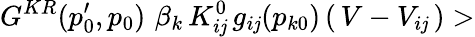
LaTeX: G^{KR}(p_{0}^{\prime},p_{0})\, \, \beta_{k}\, K_{i\mathit{j}}^{0}\, g_{i\mathit{j}}(p_{k0})\, (\, V-V_{i\mathit{j}}\, )>